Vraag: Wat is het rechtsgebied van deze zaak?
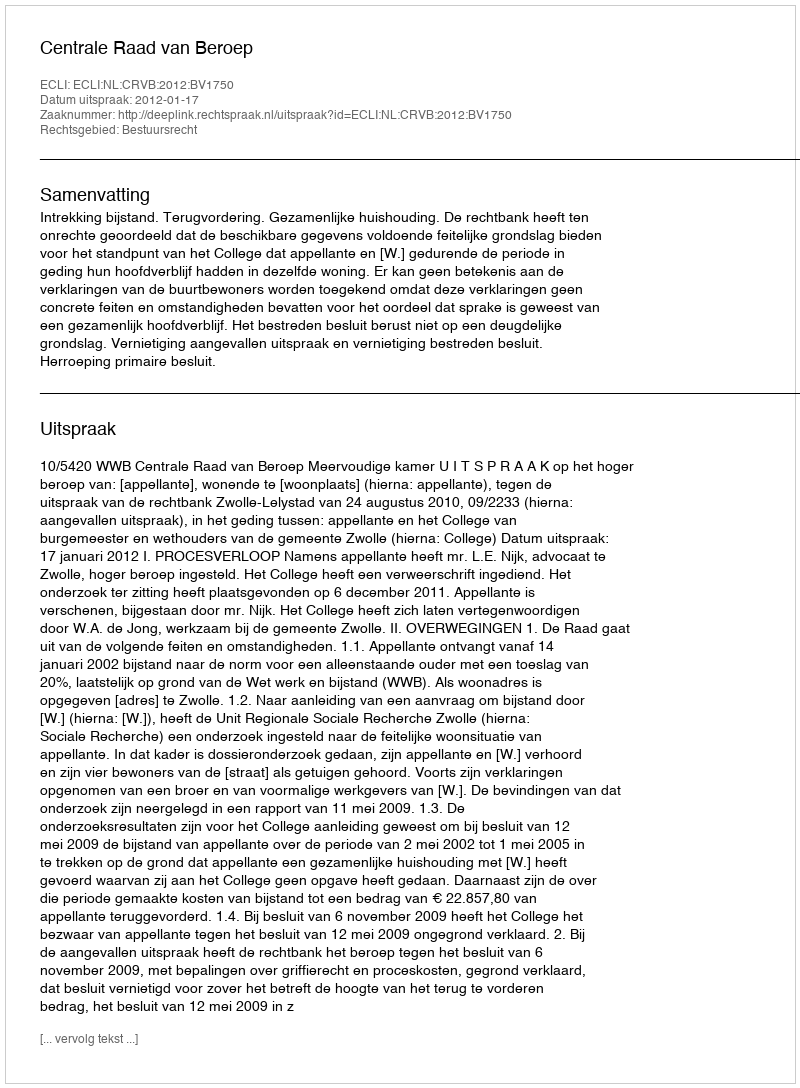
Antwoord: Bestuursrecht